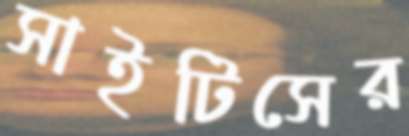
সাইটিসের